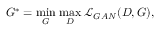
G ^ { * } = \underset { G } { \mathrm { m i n } } \; \underset { D } { \mathrm { m a x } } \; \mathcal { L } _ { G A N } ( D , G ) ,